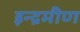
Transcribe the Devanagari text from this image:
इन्द्रमीण